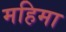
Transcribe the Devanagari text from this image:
महिमा